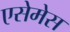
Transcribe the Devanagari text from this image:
एसेमेस